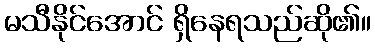
မသီနိုင်အောင် ရှိနေရသည်ဆို၏။